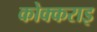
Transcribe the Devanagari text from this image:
कोक्कराइ